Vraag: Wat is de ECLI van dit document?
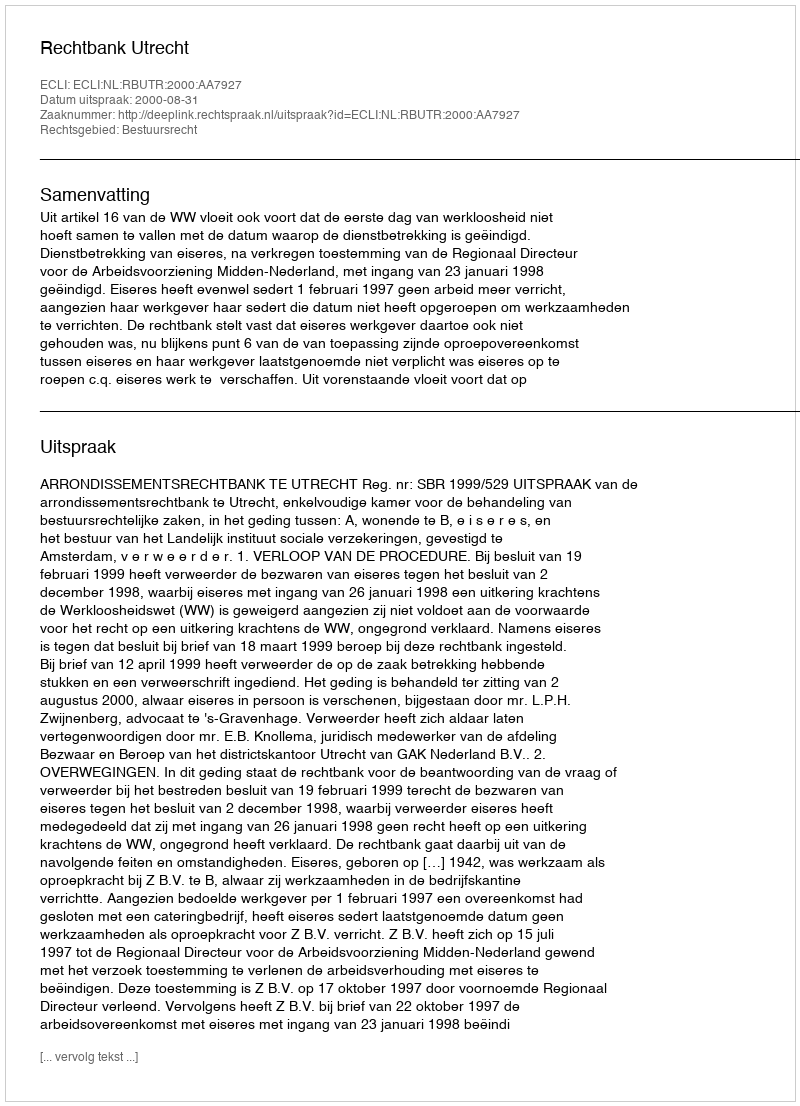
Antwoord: ECLI:NL:RBUTR:2000:AA7927